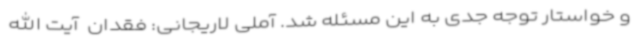
و خواستار توجه جدی به این مسئله شد. آملی لاریجانی: فقدان  آیت الله